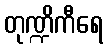
တုဏ္ဍိကီရေ